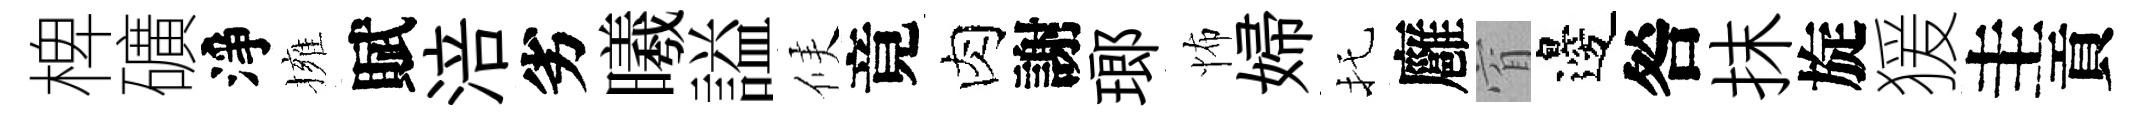
椑礦淨擁賦涪劣曦謚候竟肉謝瑯怖婦托廱窅邊咎抹旋猨圭貢